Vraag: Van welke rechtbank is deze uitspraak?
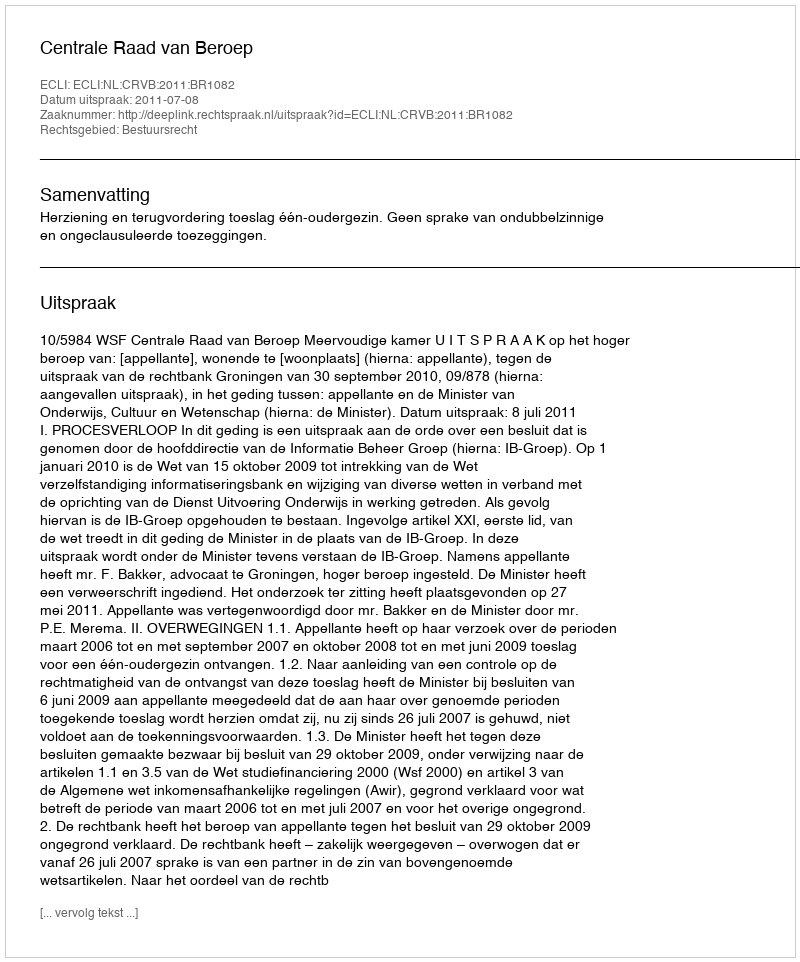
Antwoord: Centrale Raad van Beroep